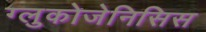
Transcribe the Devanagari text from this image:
ग्लुकोजेनिसिस